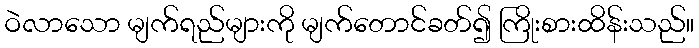
ဝဲလာသော မျက်ရည်များကို မျက်တောင်ခတ်၍ ကြိုးစားထိန်းသည်။